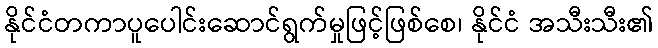
နိုင်ငံတကာပူပေါင်းဆောင်ရွက်မှုဖြင့်ဖြစ်စေ၊ နိုင်ငံ အသီးသီး၏